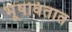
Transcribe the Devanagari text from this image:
भूषवितात